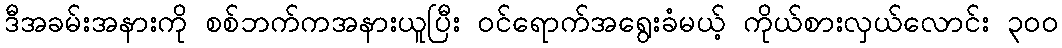
ဒီအခမ်းအနားကို စစ်ဘက်ကအနားယူပြီး ဝင်ရောက်အရွေးခံမယ့် ကိုယ်စားလှယ်လောင်း ၃ဝဝ